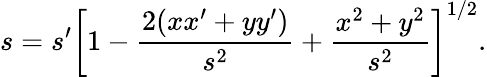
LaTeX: s=s^{\prime}\left[1-{\frac{2(xx^{\prime}+yy^{\prime})}{s^{2}}}+{\frac{x^{2}+y^{2}}{s^{2}}}\right]^{1/2}.